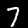
Digit: 7